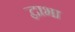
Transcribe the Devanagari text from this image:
द्वाभा